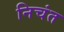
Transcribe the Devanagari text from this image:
निचंत